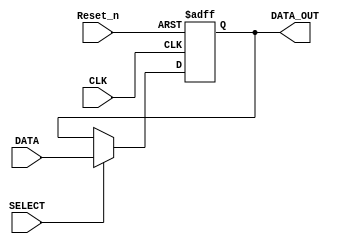
module ff(Reset_n, CLK, DATA, SELECT, DATA_OUT);

input Reset_n, CLK, DATA, SELECT;
output reg DATA_OUT;

wire D;
assign D = SELECT ? DATA : DATA_OUT;

always @ (posedge CLK, negedge Reset_n) begin //Reset_n is asynchronous if in sensitivity list.
	if (Reset_n == 0) DATA_OUT <= 0;
	else DATA_OUT <= D;
end
endmodule